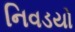
નિવડયો